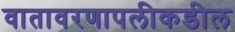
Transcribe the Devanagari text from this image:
वातावरणापलीकडील